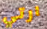
ارتي